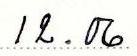
12.06